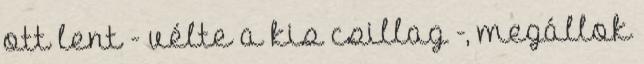
ott lent - vélte a kis csillag -, megállok